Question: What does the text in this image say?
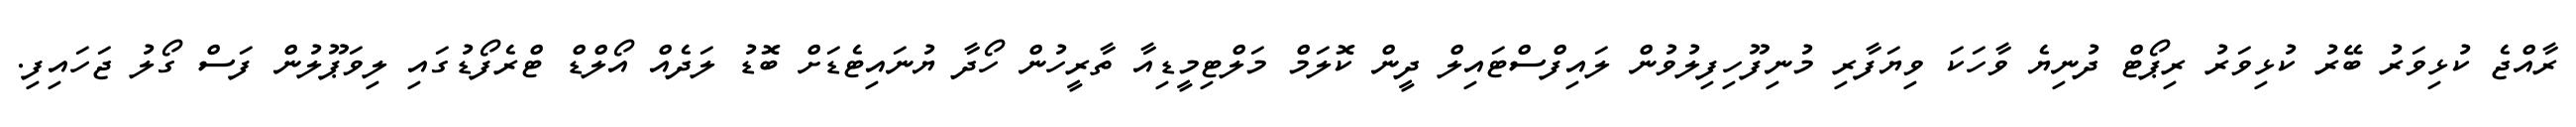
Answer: ރާއްޖެ ކުޅިވަރު ބޭރު ކުޅިވަރު ރިޕޯޓް ދުނިޔެ ވާހަކަ ވިޔަފާރި މުނިފޫހިފިލުވުން ލައިފްސްޓައިލް ދީން ކޮލަމް މަލްޓިމީޑިއާ ތާރީހުން ހޯދާ ޔުނައިޓެޑަށް ބޮޑު ލަދެއް އޯލްޑް ޓްރެފޯޑުގައި ލިވަޕޫލުން ފަސް ގޯލު ޖަހައިފި.